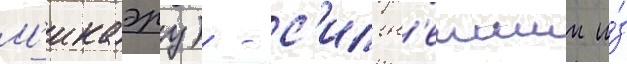
М'икаэру) - с'ильн'еишии и́з